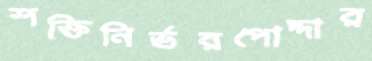
শক্তিনির্ভরপোদ্দার